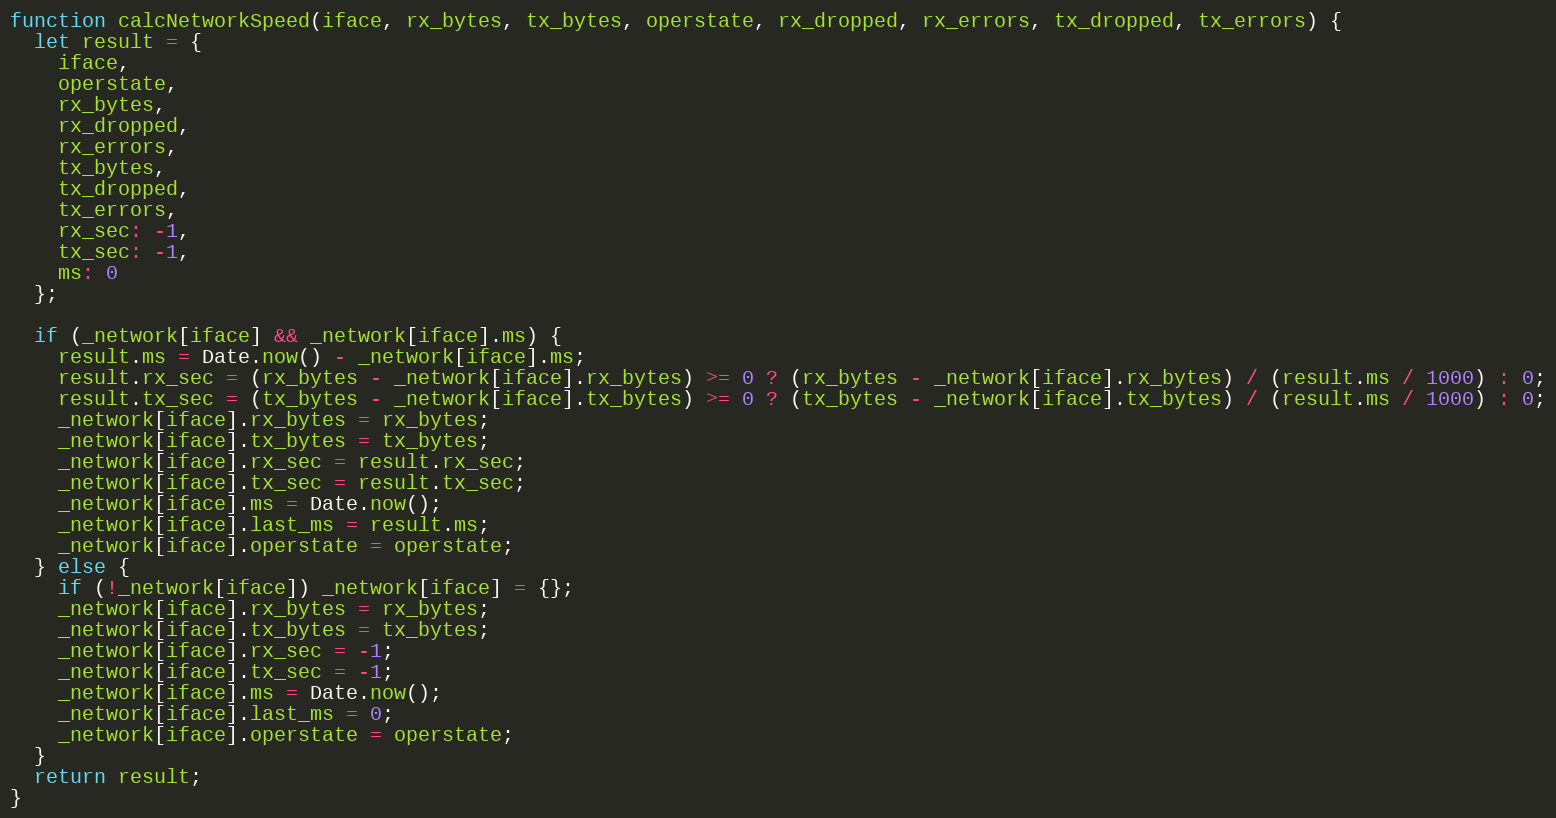
Language: JavaScript
function calcNetworkSpeed(iface, rx_bytes, tx_bytes, operstate, rx_dropped, rx_errors, tx_dropped, tx_errors) {
  let result = {
    iface,
    operstate,
    rx_bytes,
    rx_dropped,
    rx_errors,
    tx_bytes,
    tx_dropped,
    tx_errors,
    rx_sec: -1,
    tx_sec: -1,
    ms: 0
  };

  if (_network[iface] && _network[iface].ms) {
    result.ms = Date.now() - _network[iface].ms;
    result.rx_sec = (rx_bytes - _network[iface].rx_bytes) >= 0 ? (rx_bytes - _network[iface].rx_bytes) / (result.ms / 1000) : 0;
    result.tx_sec = (tx_bytes - _network[iface].tx_bytes) >= 0 ? (tx_bytes - _network[iface].tx_bytes) / (result.ms / 1000) : 0;
    _network[iface].rx_bytes = rx_bytes;
    _network[iface].tx_bytes = tx_bytes;
    _network[iface].rx_sec = result.rx_sec;
    _network[iface].tx_sec = result.tx_sec;
    _network[iface].ms = Date.now();
    _network[iface].last_ms = result.ms;
    _network[iface].operstate = operstate;
  } else {
    if (!_network[iface]) _network[iface] = {};
    _network[iface].rx_bytes = rx_bytes;
    _network[iface].tx_bytes = tx_bytes;
    _network[iface].rx_sec = -1;
    _network[iface].tx_sec = -1;
    _network[iface].ms = Date.now();
    _network[iface].last_ms = 0;
    _network[iface].operstate = operstate;
  }
  return result;
}